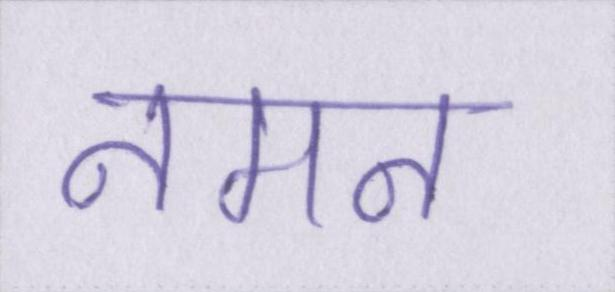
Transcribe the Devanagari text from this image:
नमन